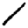
Digit: 1